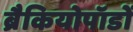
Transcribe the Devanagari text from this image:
ब्रैकियोपॉडों